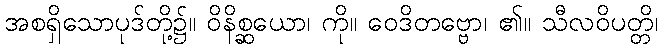
အစရှိသောပုဒ်တို့၌။ ဝိနိစ္ဆယော၊ ကို။ ဝေဒိတဗ္ဗော၊ ၏။ သီလဝိပတ္တိ၊